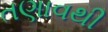
તણાવથી